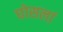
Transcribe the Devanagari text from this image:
घोसलां